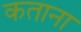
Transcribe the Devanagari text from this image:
कताना